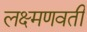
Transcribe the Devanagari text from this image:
लक्ष्मणवती